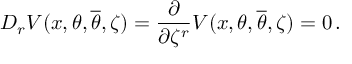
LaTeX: D _ { r } V ( x , \theta , { \overline { { \theta } } } , \zeta ) = \frac { \partial } { \partial \zeta ^ { r } } V ( x , \theta , { \overline { { \theta } } } , \zeta ) = 0 \, .